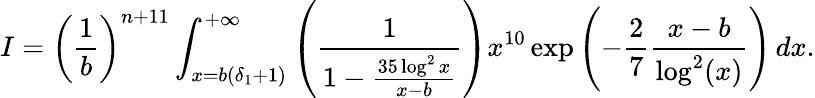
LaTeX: I=\left(\frac{1}{b}\right)^{n+11}\int_{x=b(\delta_{1}+1)}^{+\infty}\left(\frac{1}{1-\frac{35\log^{2}x}{x-b}}\right)x^{10}\exp\left(-\frac{2}{7}\frac{x-b}{\log^{2}(x)}\right)\, dx.